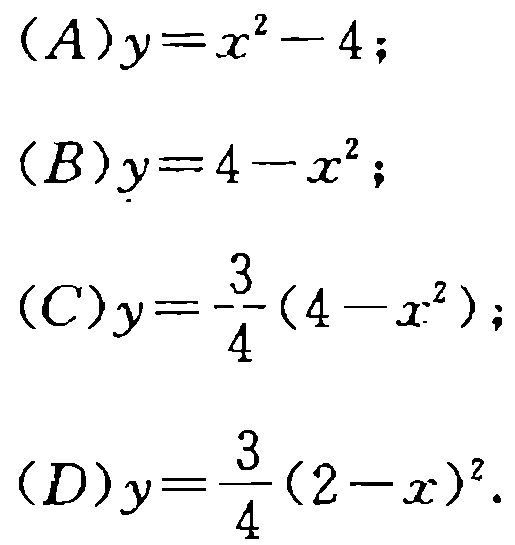
\[(A)y = x^{2}-4;\]
\[(B)y = 4 - x^{2};\]
\[(C)y=\frac{3}{4}(4 - x^{2});\]
\[(D)y=\frac{3}{4}(2 - x)^{2}.\]